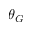
\theta _ { G }